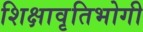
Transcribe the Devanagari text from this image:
शिक्षावृतिभोगी